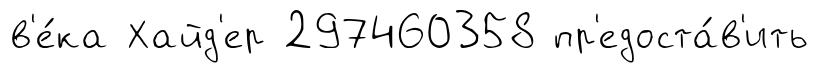
в'е́ка Хайд'ер 297460358 пр'едоста́в'ить